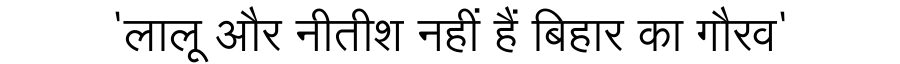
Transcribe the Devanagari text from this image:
'लालू और नीतीश नहीं हैं बिहार का गौरव'